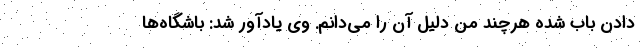
دادن باب شده هرچند من دلیل آن را می‌دانم. وی یادآور شد: باشگاه‌ها